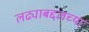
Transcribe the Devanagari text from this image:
लढ्याबद्दलच्या